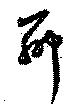
聊